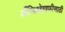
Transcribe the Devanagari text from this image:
अँजिओग्राफीसाठी